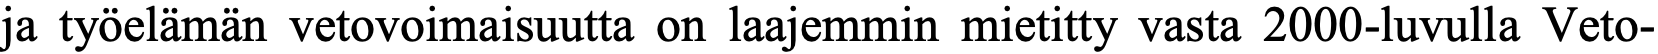
ja työelämän vetovoimaisuutta on laajemmin mietitty vasta 2000-luvulla Veto-